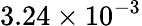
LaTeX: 3.24\times 10^{-3}